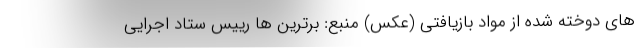
ها‌ی دوخته شده از مواد بازیافتی (عکس) منبع: برترین ها رییس ستاد اجرایی